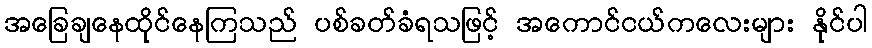
အခြေချနေထိုင်နေကြသည် ပစ်ခတ်ခံရသဖြင့် အကောင်ငယ်ကလေးများ နိုင်ပါ